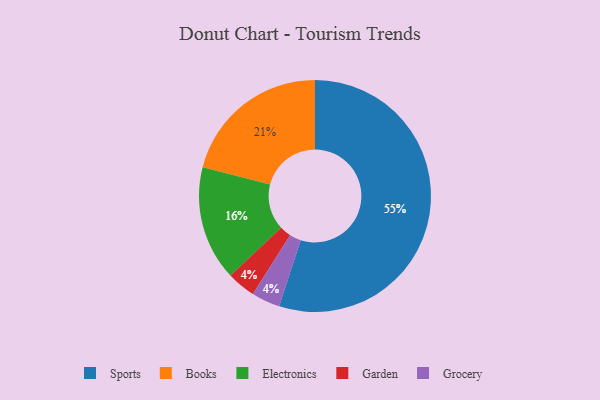
{"axis": {"x": "Category", "y": "Percentage"}, "legend": ["Books", "Electronics", "Garden", "Grocery", "Sports"], "data": [{"x": "Garden", "y": 4, "type": "Garden"}, {"x": "Books", "y": 21, "type": "Books"}, {"x": "Grocery", "y": 4, "type": "Grocery"}, {"x": "Sports", "y": 55, "type": "Sports"}, {"x": "Electronics", "y": 16, "type": "Electronics"}]}